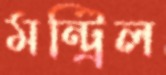
মন্ট্রিল